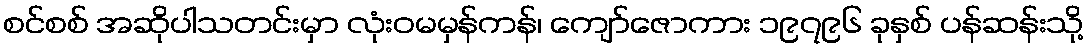
စင်စစ် အဆိုပါသတင်းမှာ လုံးဝမမှန်ကန်၊ ကျော်ဇောကား ၁၉၇၉၆ ခုနှစ် ပန်ဆန်းသို့